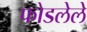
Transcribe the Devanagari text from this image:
फोडलेले